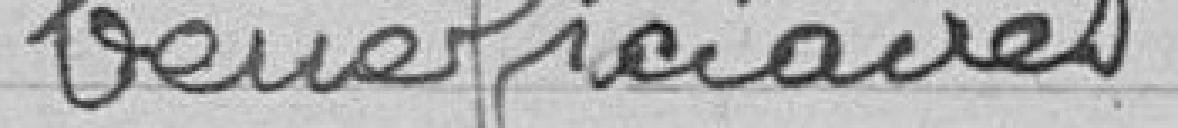
bénéficiaires